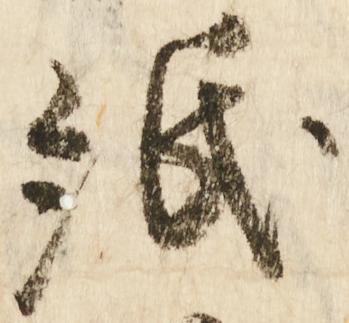
紙